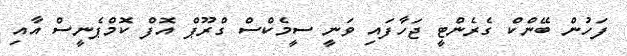
ފަހުން ބޭންކް ގެރެންޓީ ޖަހާފައި ވަނީ ސީމެކްސް ގްރޫޕް އޮފް ކޮމްޕެނީސް އާއި